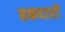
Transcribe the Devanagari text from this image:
हकदारों